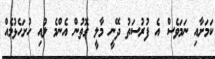
ކަމަށާއި ނަމަވެސް އެ ފުރުސަތު ދޭނީ މާލީ ގޮތުން އެންމެ ލުއި ހުށަހެޅުމެއް